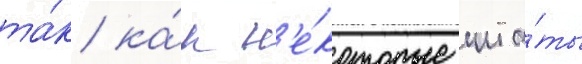
та́к ка́к н'е́которые шта́ты